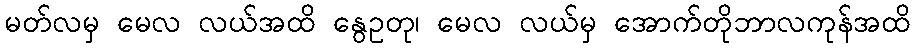
မတ်လမှ မေလ လယ်အထိ နွေဥတု၊ မေလ လယ်မှ အောက်တိုဘာလကုန်အထိ